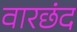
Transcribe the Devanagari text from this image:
वारछंद